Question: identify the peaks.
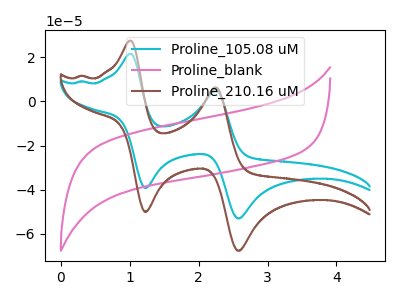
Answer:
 <answer>The cyan curve "Proline_105.08 uM" has anodic peaks at (1.00V, 21.55uA) (2.25V, 5.00uA) and cathodic peaks at (1.25V, -39.20uA) (2.55V, -53.00uA). The pink curve "Proline_blank" has no peaks. The brown curve "Proline_210.16 uM" has anodic peaks at (1.00V, 27.50uA) (2.25V, 6.40uA) and cathodic peaks at (1.25V, -50.00uA) (2.55V, -67.60uA).</answer>
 <eval></eval>